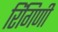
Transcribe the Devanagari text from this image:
रिंगिणी